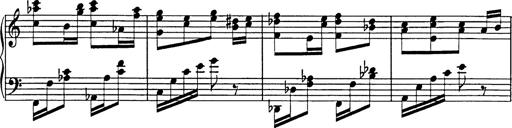
Title: Galop in A minor
Composer: Franz Liszt
Key: A minor